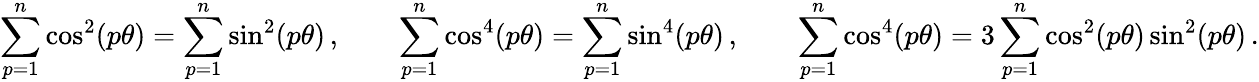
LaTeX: \sum_{p=1}^{n}\cos^{2}(p\theta)=\sum_{p=1}^{n}\sin^{2}(p\theta)\, ,\qquad\sum_{p=1}^{n}\cos^{4}(p\theta)=\sum_{p=1}^{n}\sin^{4}(p\theta)\, ,\qquad\sum_{p=1}^{n}\cos^{4}(p\theta)=3\sum_{p=1}^{n}\cos^{2}(p\theta)\sin^{2}(p\theta)\, .